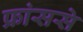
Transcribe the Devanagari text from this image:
फ्रांससे